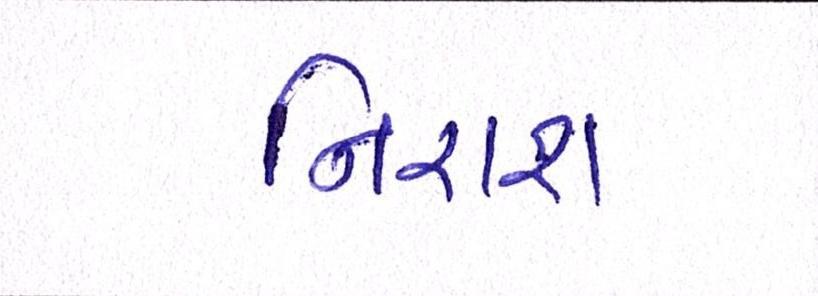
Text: નિરાશ